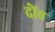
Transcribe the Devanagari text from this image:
दॉंव